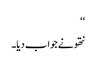
‘‘
نتھو نے جواب دیا۔